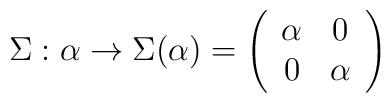
\Sigma:\alpha \rightarrow \Sigma(\alpha) = \left( \begin{array}{cc}                                      \alpha & 0 \\                                       0  & \alpha                                   \end{array}                             \right)